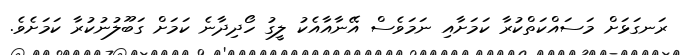
ރަނގަޅަށް މަސައްކަތްކުރާ ކަމަށާއި ނަމަވެސް އޭނާއާއެކު ލީގު ހޯދިދާނެ ކަމަށް ގަބޫލުނުކުރާ ކަމަށެވެ.